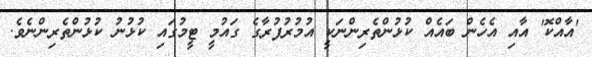
'އާއްކޮ' އާއި އެހެން ބައެއް ކުޅުންތެރިންނަކީ އުމުރުފުރާގެ ގައުމީ ޓީމުގައި ކުޅުނު ކުޅުންތެރިންނެވެ.